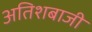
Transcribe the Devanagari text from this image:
अतिशबाजी